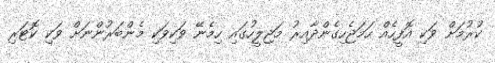
ކުރުމަށް ވަކި އޮފީހެއް ހަމަޖެހިގެންދާއިރު މަޖިލީހުގައި ހިމެނޭ ވަކިވަކި މެންބަރުންނަށް ވަކި ކޮޓަރި